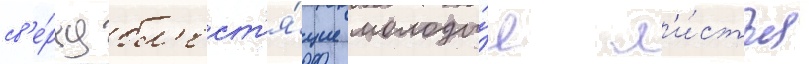
св'е́рху бл'ест'я́щие молоды́е л'и́стья